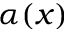
\alpha ( x )